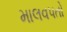
માલવપતો